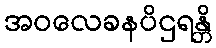
အဝလေခနပိဌရန္တိ